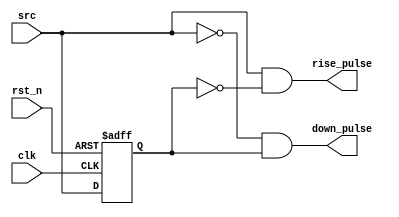
`timescale 1ns / 1ps
//////////////////////////////////////////////////////////////////////////////////
// Company: 
// Engineer: 
// 
// Design Name: 
// Module Name: rise_edge_det
// Project Name: 
// Target Devices: 
// Tool Versions: 
// Description: 
// 
// Dependencies: 
// 
// Revision:
// Revision 0.01 - File Created
// Additional Comments:
// 
//////////////////////////////////////////////////////////////////////////////////

//-- Description: Rising edge detector
module edge_det

    #(//---- PARAMETERS DECLARATION -------------------------------------------
    parameter WIDTH = 8
    )

    (//---- PORTS DECLARATION -------------------------------------------------
    input                   clk,
    input                   rst_n,
    input       [WIDTH-1:0] src,
    output wire [WIDTH-1:0] rise_pulse,
    output wire [WIDTH-1:0] down_pulse
    );

    reg   [WIDTH-1:0]  src_r;

    always @(posedge clk or negedge rst_n) begin : proc_src_dly
        if(~rst_n)
            src_r <= {WIDTH{1'b0}};
        else
            src_r <= src;
    end // proc_src_dly

    // Rising edge detection
    assign rise_pulse[WIDTH-1:0] = ( (src[WIDTH-1:0]) & (~src_r[WIDTH-1:0]) );
    assign down_pulse[WIDTH-1:0] = ( (~src[WIDTH-1:0]) & (src_r[WIDTH-1:0]) );


endmodule